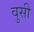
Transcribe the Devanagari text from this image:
वुसी